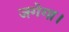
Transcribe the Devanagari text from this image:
जगेगा।